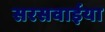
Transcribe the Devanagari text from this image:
सरसवाईया